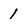
Character: 1